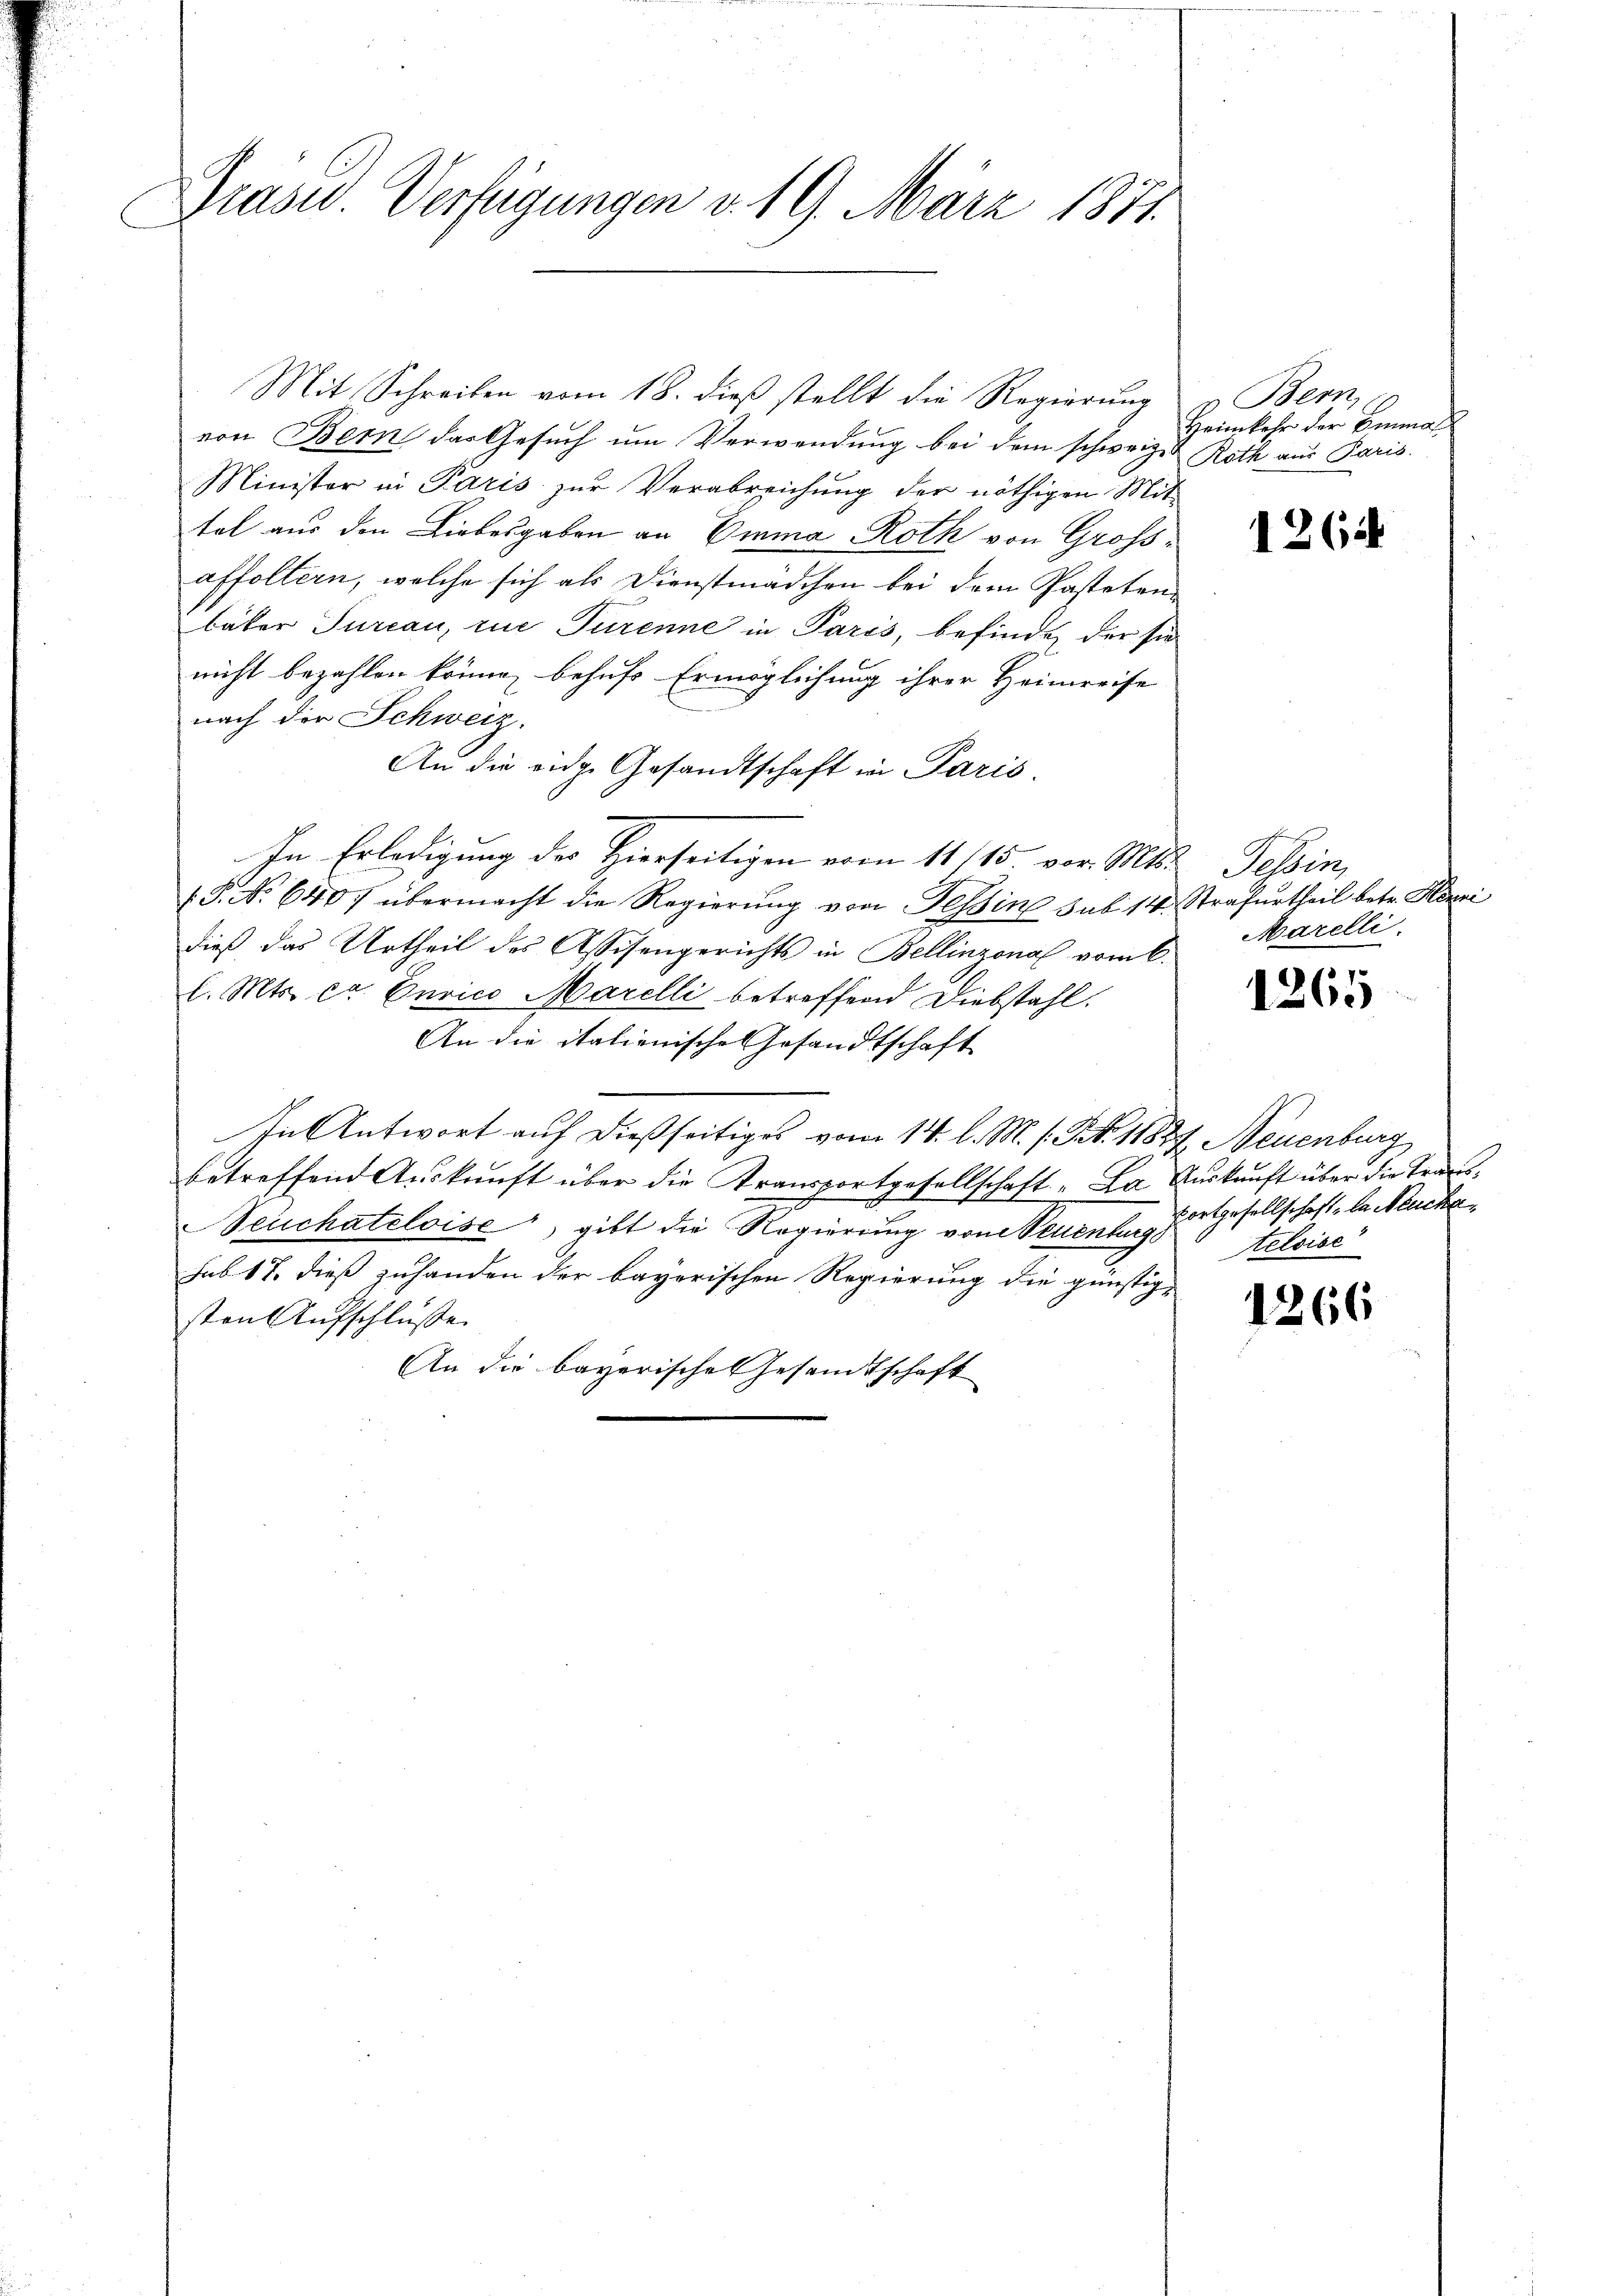
Prase Verfügungen v. 19. März 1871.

Mit Schreiben vom 18. dieß stellt die Regierung
von Bern das Gesuch um Verwendung bei dem schweiz. & Roth aus Paris.
Minister in Paris zur Verabreichung der nöthigen Mit
tel aus den Liebesgaben an Emma Roth von Gross-
affoltern, welche sich als Dienstmädchen bei dem Pastetenbäker Turcan, rue Turenne in Paris, befinden der sie
nicht bezahlen könne, behufs Ermöglichung ihrer Heimreise
nach der Schweiz.
An die eidg. Gesandtschaft in Paris.
In Erledigung des Hierseitigen vom 11 15. vor. Mts. Tessin,
 P. No 640 übermacht die Regierŭng von Tessin sub 14. Strafurtheil betr. Ste
dieß das Urtheil des Assisengerichts in Bellinzonal vom 6.
l. Mts. ca. Curico Marelli betreffend Diebstahl.
An die italienische Gesandtschaft
In Antwort auf dießseitiges vom 14. l. M. s. Z. 18827, Neuenburg
betreffend Auskunft über die Transportgesellschaft „La Auskunft über die Trans¬
Neuchateloise“, gibt die Regierung von Neuenburg telsise
sub 17. dieß zuhanden der bayerischen Regierung die günstig-
sten Aufschlüsse
An die bayerische Gesandtschaft

Bern,
Heimkehr der Einmal

1264

Marelli

1265

e

Fortgesellschaft la Meuche

1266